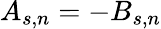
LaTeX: A_{s,n}=-B_{s,n}